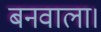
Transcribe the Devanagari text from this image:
बनवाला।